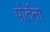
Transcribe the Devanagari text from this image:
पोर्तेनो